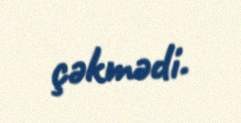
çəkmədi.